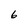
Character: 6